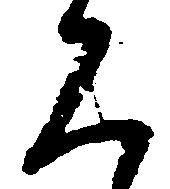
見